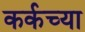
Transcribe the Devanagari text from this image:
कर्कच्या